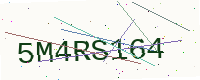
Text: 5M4RS164